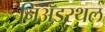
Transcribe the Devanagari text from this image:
निअँडरथल